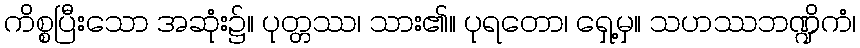
ကိစ္စပြီးသော အဆုံး၌။ ပုတ္တဿ၊ သား၏။ ပုရတော၊ ရှေ့မှ။ သဟဿဘဏ္ဍိကံ၊